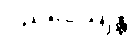
ပညပေယျန္တိ